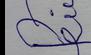
Signature authenticity: forged